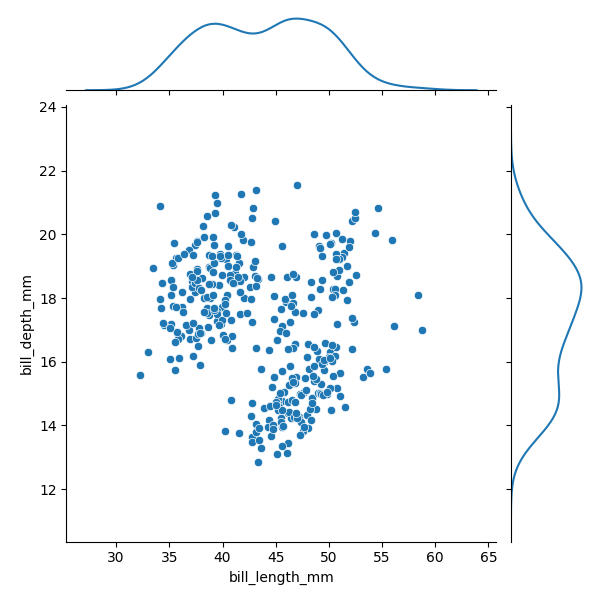
python, seaborn, JointGrid, scatterplot, kdeplot